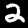
Label: 2